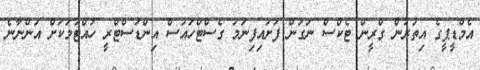
އެމްޑީޕީގެ އިތުރުން ގްރީން ޓެކްސް ނަގަން ފަށައިފިނަމަ ގެސްޓްހައުސް އިންޑަސްޓްރީ ހުއްޓުމަކަށް އަންނާނެ